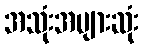
အသုံးအများဆုံး